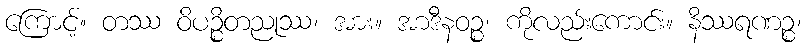
ကြောင့်။ တဿ ဝိပဉ္စိတညုဿ၊ အား။ အာဒီနဝဉ္စ၊ ကိုလည်းကောင်း။ နိဿရဏဉ္စ၊